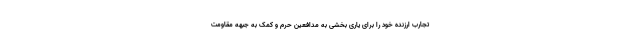
تجارب ارزنده خود را برای یاری بخشی به مدافعین حرم و کمک به جبهه مقاومت